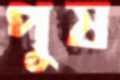
পুষ